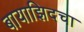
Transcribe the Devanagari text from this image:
बायाझिदचा